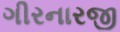
ગીરનારજી